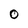
Character: O